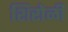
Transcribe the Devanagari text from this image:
शिरोळी